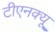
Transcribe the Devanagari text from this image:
टीएनक्यू